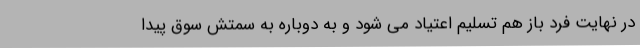
در نهایت فرد باز هم تسلیم اعتیاد می شود و به دوباره به سمتش سوق پیدا